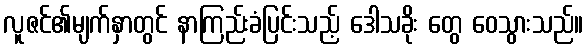
လူဇင်၏မျက်နှာတွင် နာကြည်းခံပြင်းသည့် ဒေါသခိုး တွေ ဝေသွားသည်။